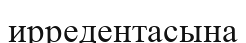
ирредентасына